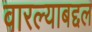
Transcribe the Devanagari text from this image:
वारल्याबद्दल